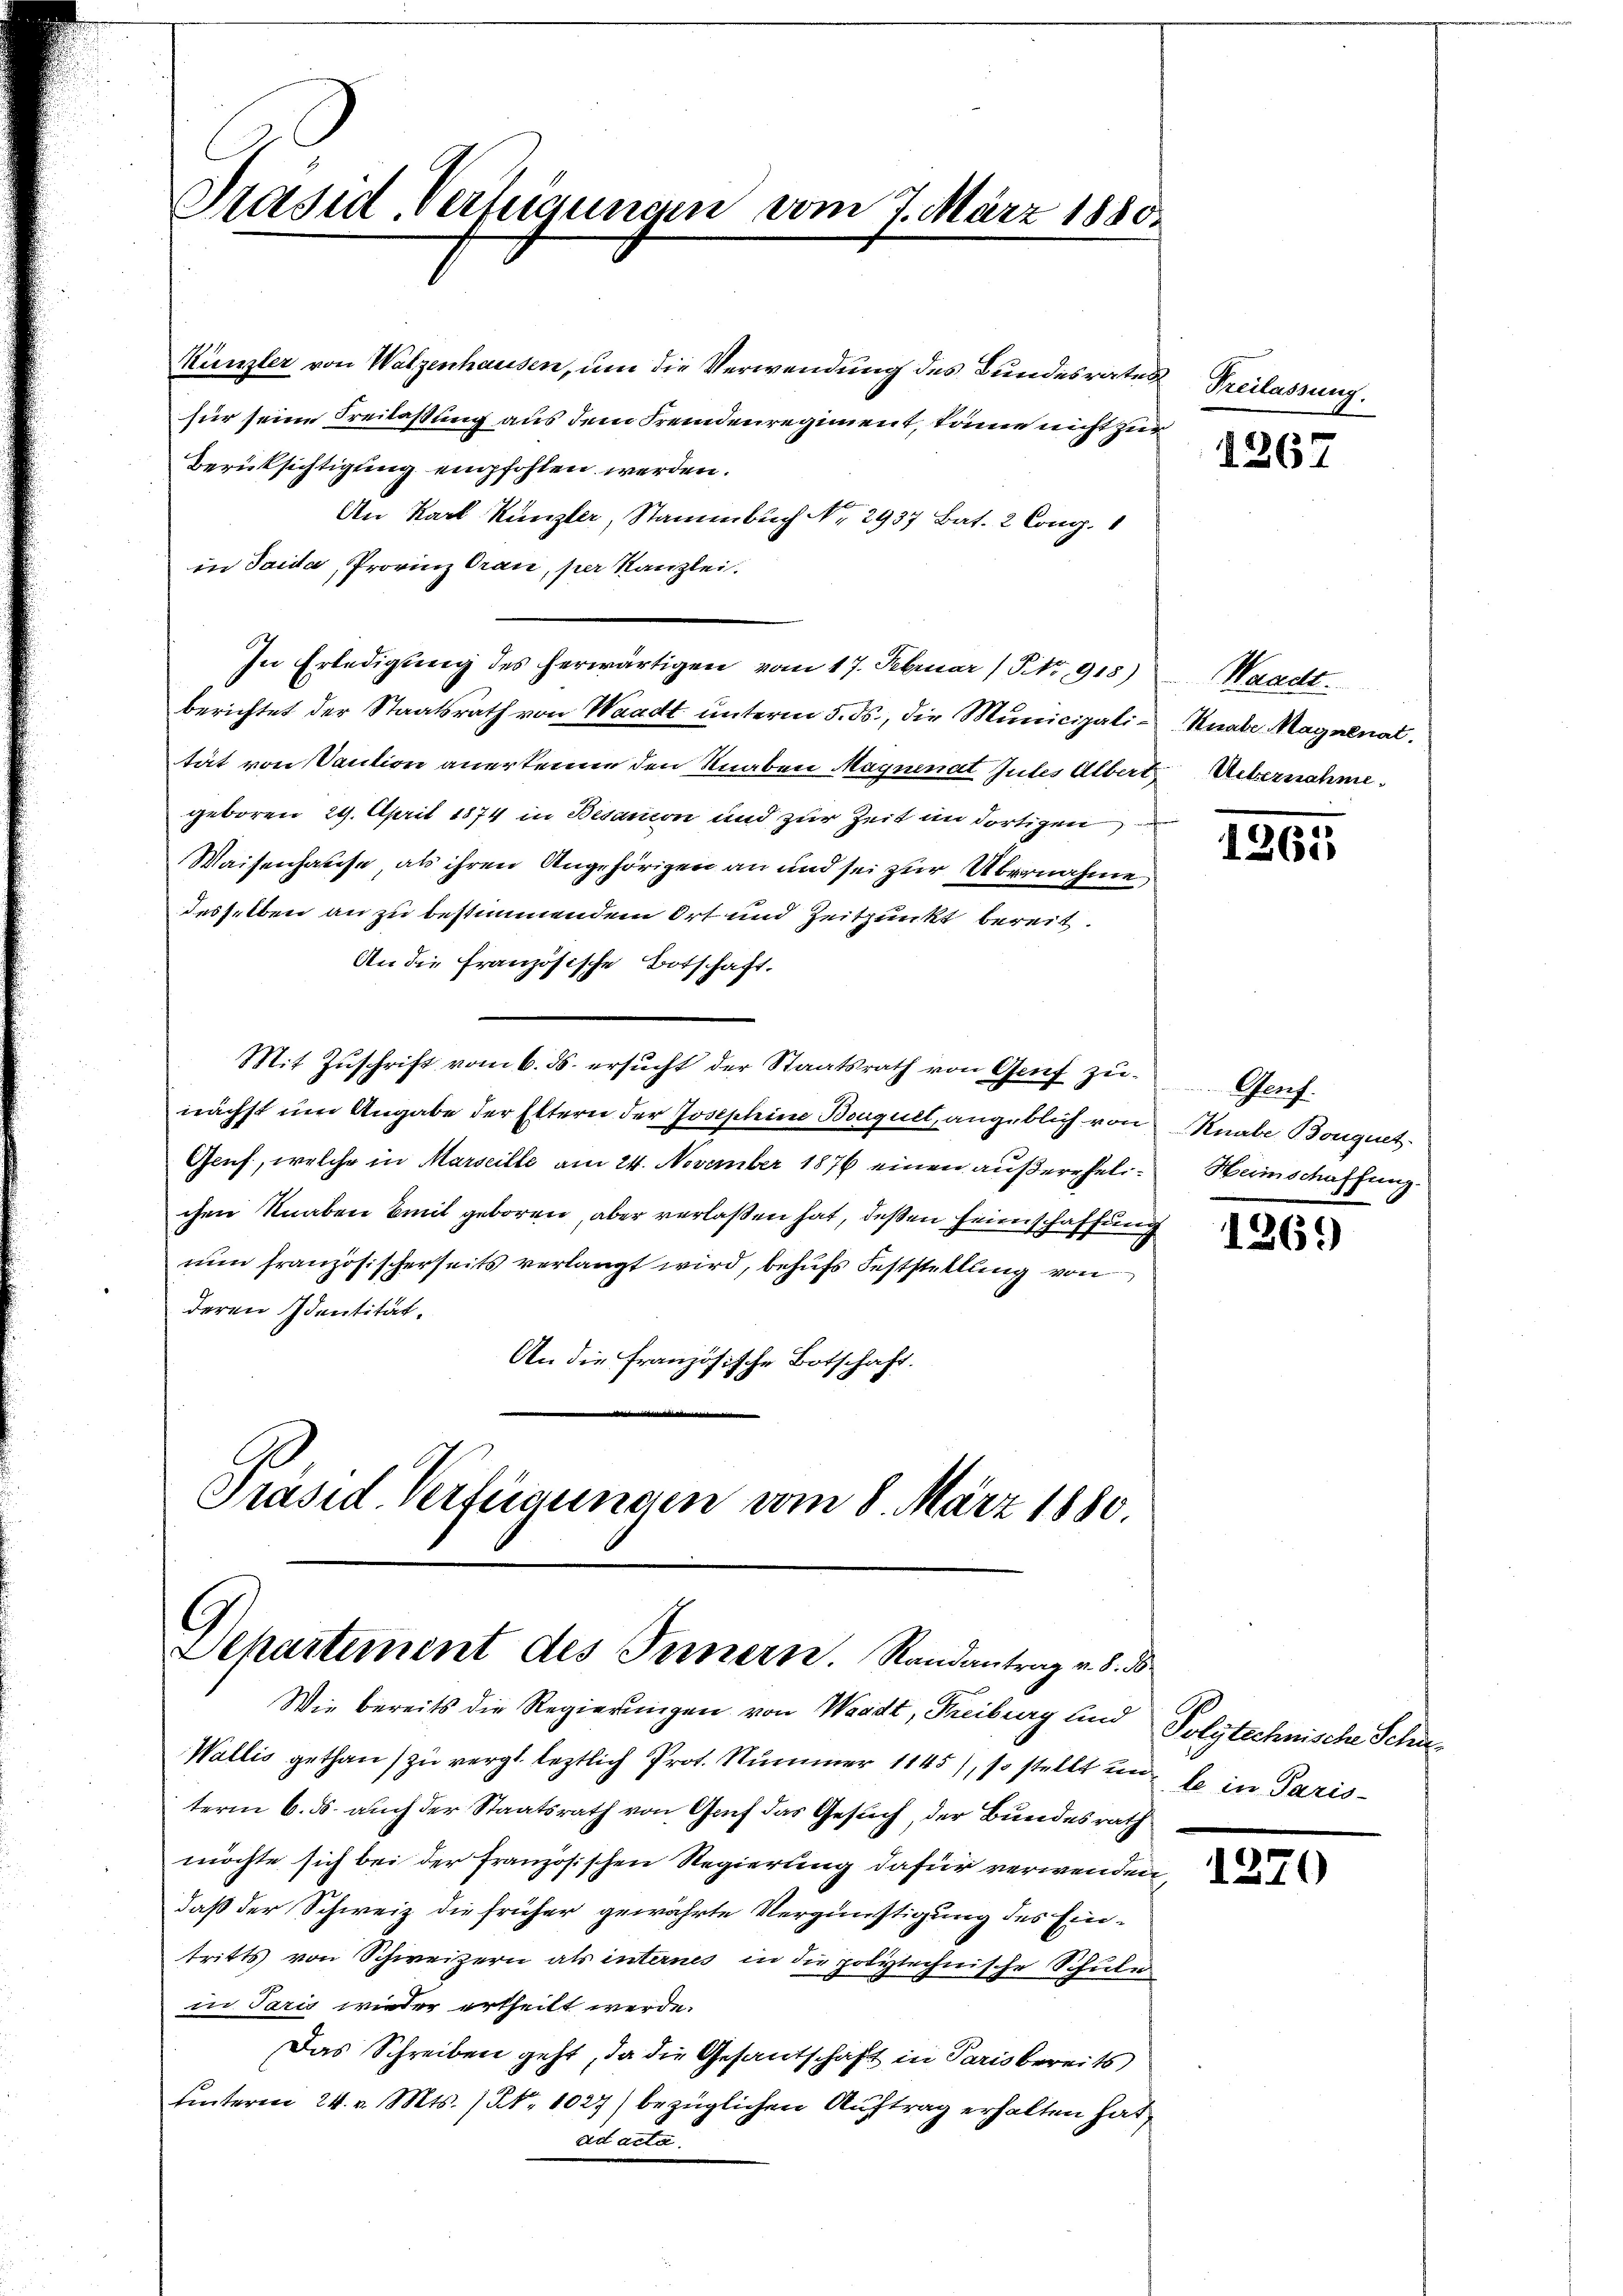
Münzler von Walzenhausen, um die Verwendung des Bundesrates
für seine Freilassung aus dem Fremdenregiment, könne nicht zu¬
Berücksichtigung empfohlen werden.
An Karl Künzler, Stammbuch No. 2937 Bat. 2 Cong.
in Saida, Provinz Oran, per Kanzlei.
In Erledigung des herwärtigen vom 17. Februar (Str. 918)
berichtet der Staatsrath von Waadt unterm 5. ds., die Municipalität von Caution anerkenne den Knaben Maynenat Gutes Alberr
geboren 29. April 1874 in Besation und zur Zeit im dortigen
Waisenhause, als ihren Angehörigen an und sei zur Übernahme
desselben an zu bestimmendem Ort und Zeitpunkt bereit.
An die Französische Botschaft.
Mit Zuschrift vom 6. ds. ersucht der Staatsrath von Greif zu-
nächst um Angabe der Eltern der Josephine Bouquet, angeblich von
Genf, welche in Marseille am 24. November 1876 einen außerehelichen Knaben mit geboren, aber verlaßen hat, deßen Heimschaffun
nun französischerseits verlangt wird, behufs Feststellung von
deren Identität.
An die Französische Botschaft.
Präsid. Verfügungen vom 8. März 1880.

Präsid. Verfügungen vom 7. März 1880.

Departement des Innern. Randantrag v. 8. d

Wie bereits die Regierungen von Waadt, Freiburg sind Polytechnische Schu
Wallis gethan zu vergl. leztlich Prot. Nummer 1145), so stellt uns in Paris
term 6. ds. auch der Staatsrath von Genf das Gesuch, der Bundesrath
möchte sich bei der französischen Regierung dafür verwenden
daß der Schweiz die früher gewährte Vergünstigung des Eintritts von Schweizern als internes in die polytechnische Schule
in Paris wieder ertheilt werde.
Das Schreiben geht, da die Gesantschaft in Paris bereits
unterm 24. v. Mts. (N. 1027) bezüglichen Auftrag erhalten hat,
ad acta.

f
Freilassung.

1267

Waadt.
Knabe Magnenat.
Uebernahme.

1261

Genf.
Knabe Bouquet
Heinschaffung.

1269)

1270